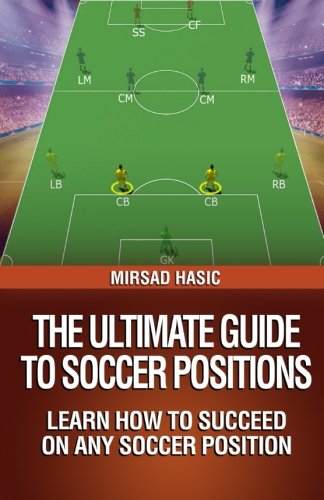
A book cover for The Ultimate Guide to Soccer Positions; Mirsad Hasic; Sports & Outdoors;